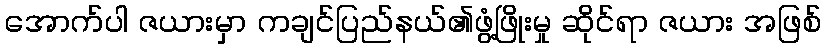
အောက်ပါ ဇယားမှာ ကချင်ပြည်နယ်၏ဖွံ့ဖြိုးမှု ဆိုင်ရာ ဇယား အဖြစ်